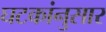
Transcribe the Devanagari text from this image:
घटकांनुसार